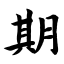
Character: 期